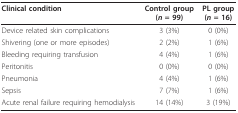
| Clinical condition | Control group(n = 99) | PL group(n = 16) |
 | --- | --- | --- |
 | Device related skin complications | 3 (3%) | 0 (0%) |
 | Shivering (one or more episodes) | 2 (2%) | 1 (6%) |
 | Bleeding requiring transfusion | 4 (4%) | 1 (6%) |
 | Peritonitis | 0 (0%) | 0 (0%) |
 | Pneumonia | 4 (4%) | 1 (6%) |
 | Sepsis | 7 (7%) | 1 (6%) |
 | Acute renal failure requiring hemodialysis | 14 (14%) | 3 (19%) |